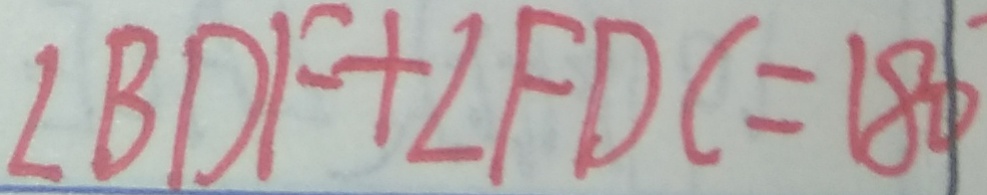
\angle B D F + \angle F D C = 1 8 0